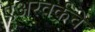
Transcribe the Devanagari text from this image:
एअरवर्कचे